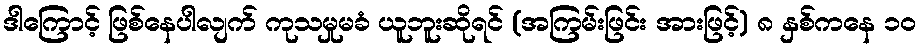
ဒါကြောင့် ဖြစ်နေပါလျက် ကုသမှုမခံ ယူဘူးဆိုရင် (အကြမ်းဖြင်း အားဖြင့်) ၈ နှစ်ကနေ ၁၀